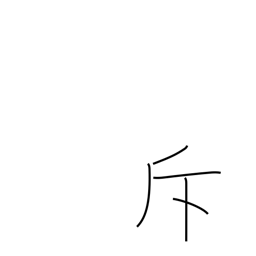
Meaning: recede